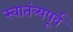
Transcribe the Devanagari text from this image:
स्वातंत्र्यपूूर्व